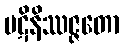
ပဋိနိဿဇ္ဇတော